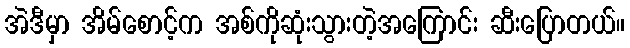
အဲဒီမှာ အိမ်စောင့်က အစ်ကိုဆုံးသွားတဲ့အကြောင်း ဆီးပြောတယ်။